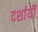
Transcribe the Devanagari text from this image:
दर्शायीं